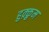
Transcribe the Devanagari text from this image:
हुक़्क़ुम